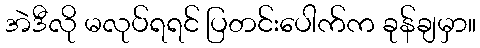
အဲဒီလို မလုပ်ရရင် ပြတင်းပေါက်က ခုန်ချမှာ။